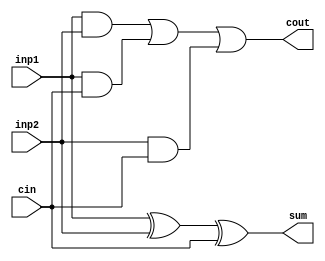
module Full_adder(sum,cout,cin,inp1,inp2);

input cin, inp1, inp2;
output sum,cout;
/*your code here*/

//unO1ANni
assign cout = (inp1 & inp2) | (inp1 & cin) | (inp2 & cin);

//XORX1
assign sum = inp1 ^ inp2 ^ cin;

endmodule